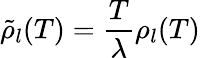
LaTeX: \tilde{\rho}_{l}(T)=\frac{T}{\lambda}\rho_{l}(T)